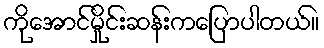
ကိုအောင်မှိုင်းဆန်းကပြောပါတယ်။